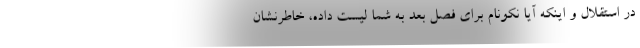
در استقلال و اینکه آیا نکونام برای فصل بعد به شما لیست داده، خاطرنشان